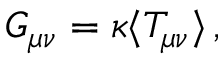
{ \cal G } _ { \mu \nu } = \kappa \langle T _ { \mu \nu } \rangle \, ,